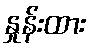
နှုန်းထား